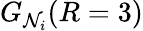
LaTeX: G_{\mathcal{N}_{i}}(R=3)